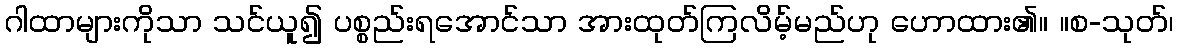
ဂါထာများကိုသာ သင်ယူ၍ ပစ္စည်းရအောင်သာ အားထုတ်ကြလိမ့်မည်ဟု ဟောထား၏။ ။စ-သုတ်၊